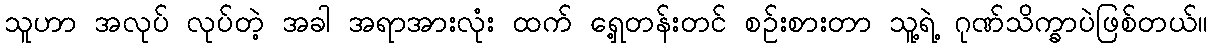
သူဟာ အလုပ် လုပ်တဲ့ အခါ အရာအားလုံး ထက် ရှေ့တန်းတင် စဉ်းစားတာ သူ့ရဲ့ ဂုဏ်သိက္ခာပဲဖြစ်တယ်။